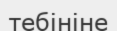
тебініне